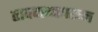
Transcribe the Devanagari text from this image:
तावदानावरून